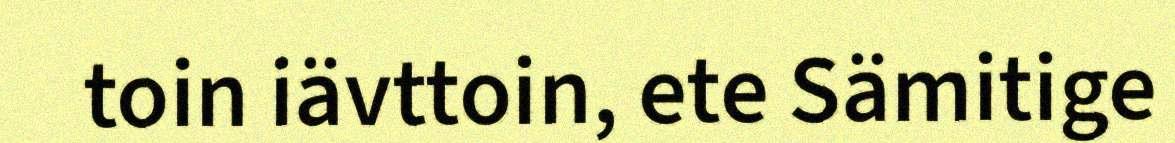
toin iävttoin, ete Sämitige